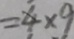
= 4 \times 9